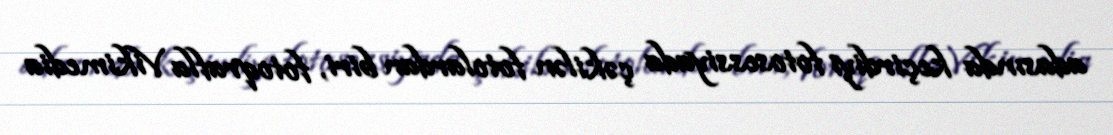
adasında keçirdiyi fotosessiyada çəkilən fotolardan biri, fotoqrafla Vikimedia